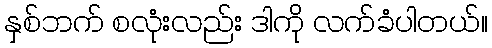
နှစ်ဘက် စလုံးလည်း ဒါကို လက်ခံပါတယ်။